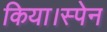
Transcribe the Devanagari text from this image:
किया।स्पेन